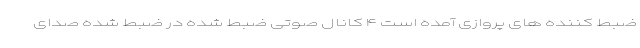
ضبط کننده های پروازی آمده است ۴ کانال صوتی ضبط شده در ضبط شده صدای